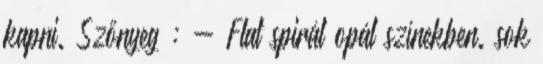
kapni. Szőnyeg : - Flat spirál opál színekben. sok